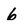
Character: 6